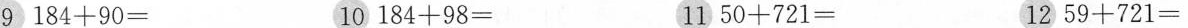
9 $$ 184 + 90 = $$ 10 $$ 184 + 98 = $$ 11 $$ 50 + 721 = $$ 12 $$ 59 + 721 = $$